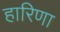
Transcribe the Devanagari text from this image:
हारिणा